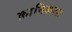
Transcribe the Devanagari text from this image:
क्रानिकल्स